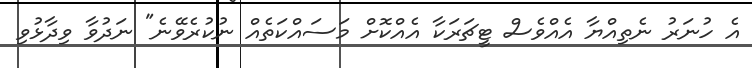
އެ ހުނަރު ނެތިއްޔާ އެއްވެސް ޓީޗަރަކާ އެއްކޮށް މަސައްކަތެއް ނުކުރެވޭނެ" ނަދުވާ ވިދާޅުވި